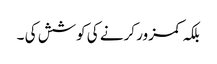
بلکہ کمزور کرنے کی کوشش کی ۔